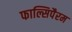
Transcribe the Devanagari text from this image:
फाल्सिपैरम